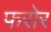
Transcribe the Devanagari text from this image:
फरोर